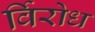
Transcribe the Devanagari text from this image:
र्विरोध